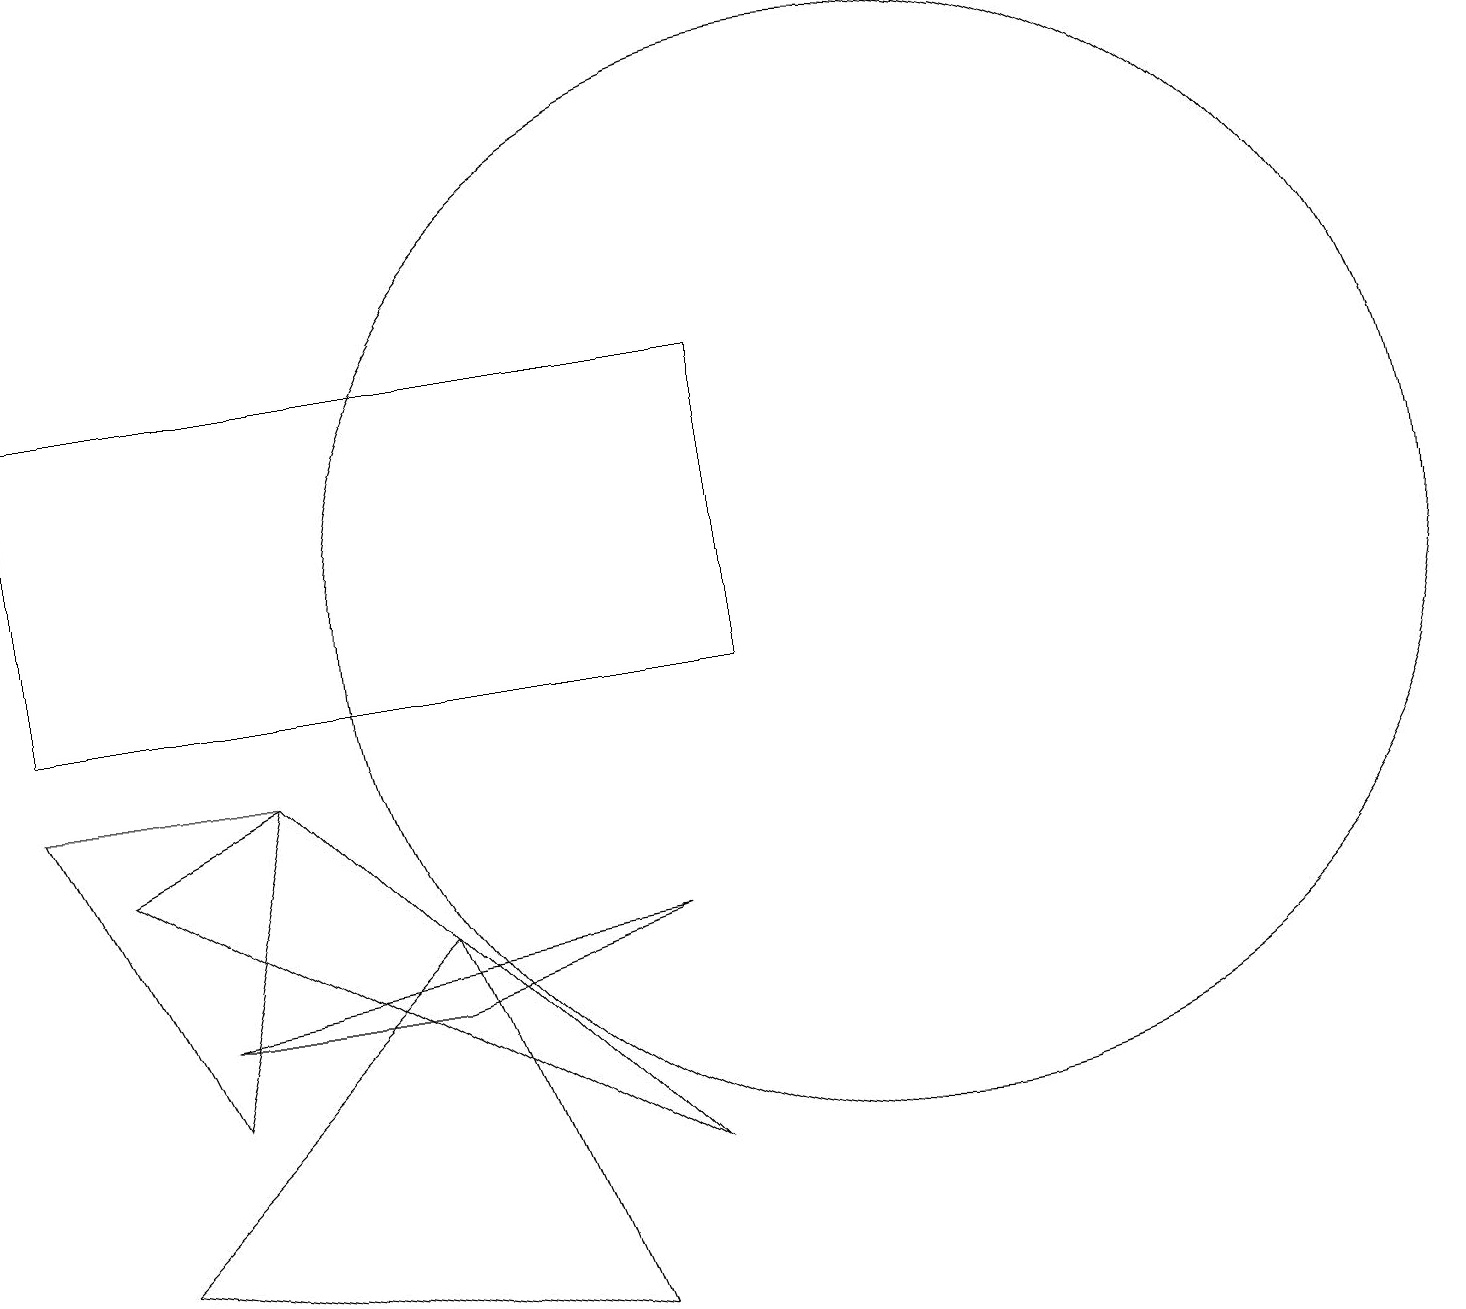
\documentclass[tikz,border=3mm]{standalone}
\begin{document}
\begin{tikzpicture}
\draw (3,9) -- (0,9) -- (2,5) -- cycle;
\draw (3,9) -- (1,8) -- (8,4) -- cycle;
\draw (0,14) rectangle (9,10);
\draw (5,6) -- (8,7) -- (2,6) -- cycle;
\draw (5,7) -- (1,3) -- (7,2) -- cycle;
\draw (11,11) circle (7);
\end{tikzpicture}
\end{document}